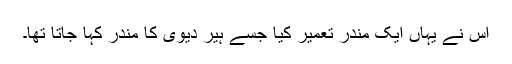
اس نے یہاں ایک مندر تعمیر کیا جسے ہیر دیوی کا مندر کہا جاتا تھا۔